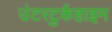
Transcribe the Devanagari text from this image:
उंटरटुर्कहाइम